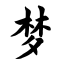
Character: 梦